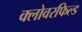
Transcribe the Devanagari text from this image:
क्लोवरफिल्ड